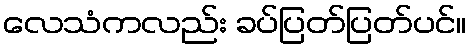
လေသံကလည်း ခပ်ပြတ်ပြတ်ပင်။